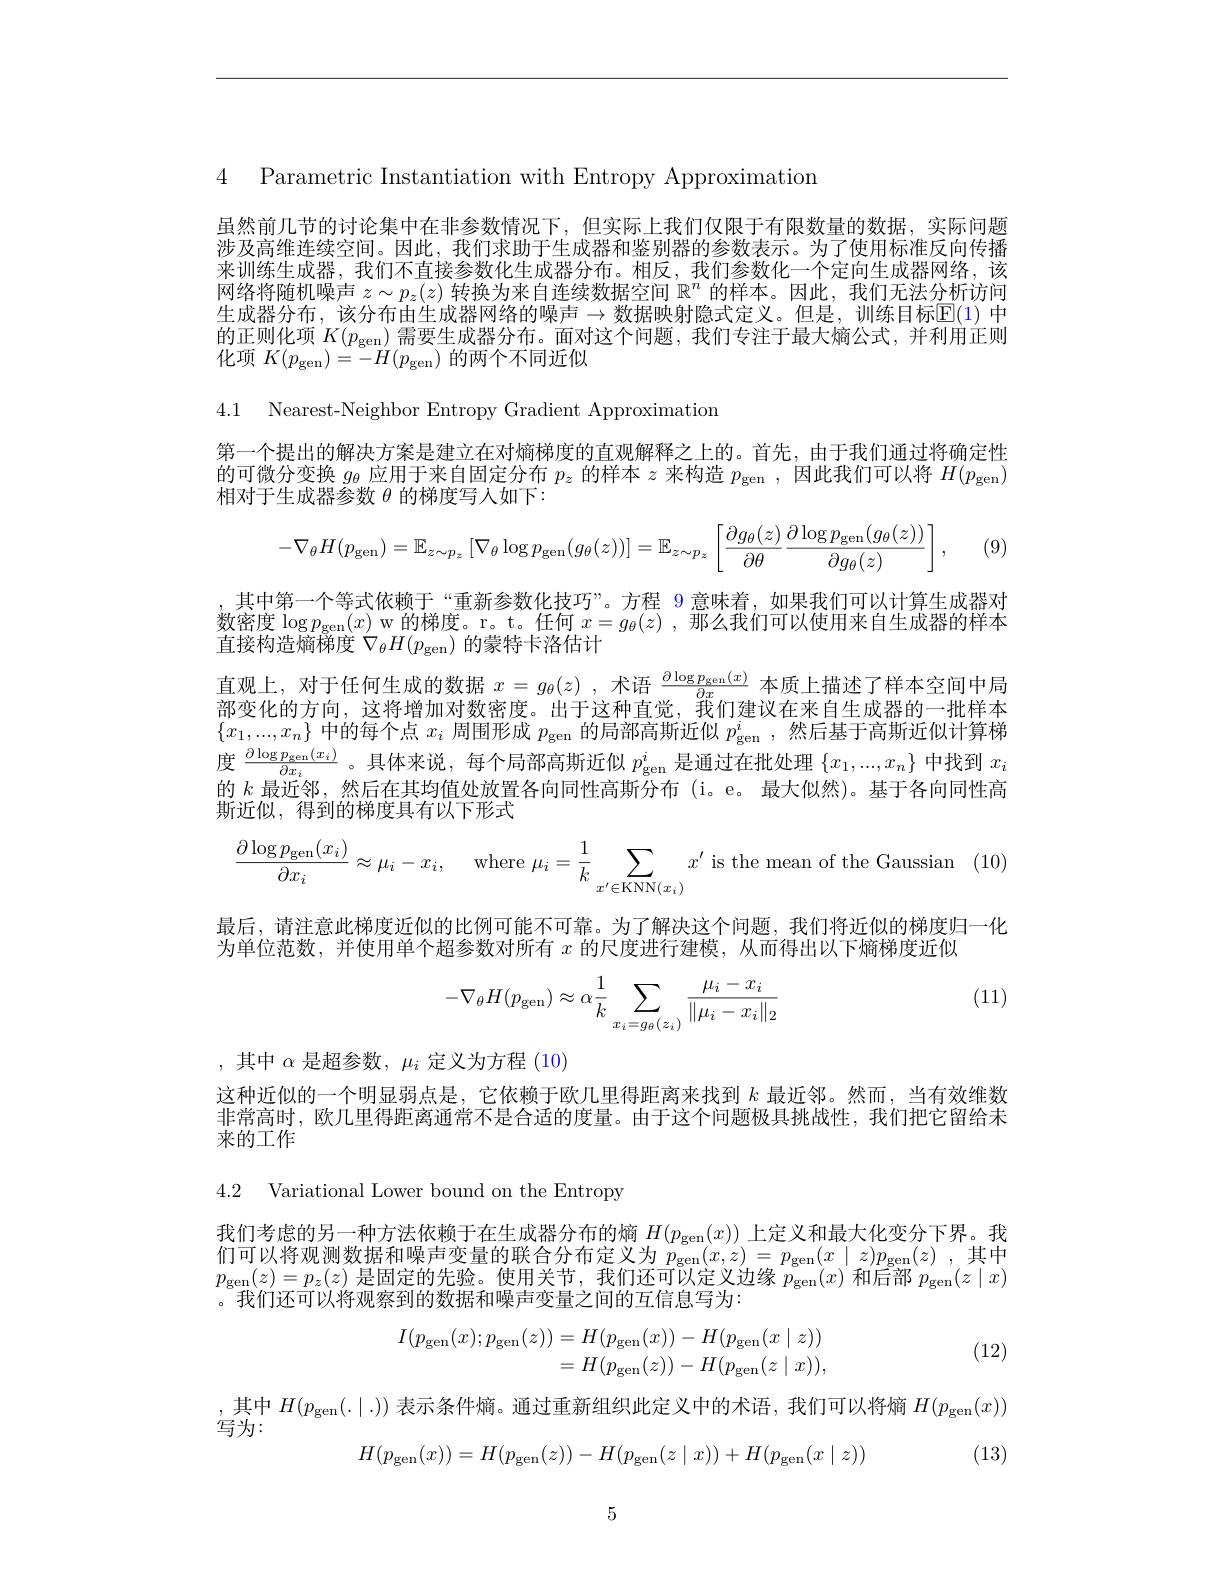
4 Parametric Instantiation with Entropv Approximation

虽然前几节的讨论集中在非参数情况下，但实际上我们仅限于有限数量的数据，实际问题涉及高维连续空间。因此，我们求助于生成器和鉴别器的参数表示。为了使用标准反向传播来训练生成器，我们不直接参数化生成器分布。相反，我们参数化一个定向生成器网络，该网络将随机噪声$z\sim p_z(z)$转换为来自连续数据空间$\mathbb{R}^n$的样本。因此，我们无法分析访问生成器分布，该分布由生成器网络的噪声$\to$数据映射隐式定义。但是，训练目标$\mathbb{E}(1)$ 中的正则化项$K(p_\mathrm{gen})$需要生成器分布。面对这个问题，我们专注于最大熵公式，并利用正则化项$K(p_{\mathrm{gen}})=-H(p_{\mathrm{gen}})$的两个不同近似

4.1 Nearest-Neighbor Entropy Gradient Approximation

第一个提出的解决方案是建立在对熵梯度的直观解释之上的。首先，由于我们通过将确定性的可微分变换$g_{\theta}$应用于来自固定分布$p_z$的样本$z$来构造$p_\mathrm{gen}$ ,因此我们可以将$H(p_\mathrm{gen})$ 相对于生成器参数$\theta$的梯度写人如下：
$$-\nabla_\theta H(p_{\mathrm{gen}})=\mathbb{E}_{z\sim p_z}\left[\nabla_\theta\log p_{\mathrm{gen}}(g_\theta(z))\right]=\mathbb{E}_{z\sim p_z}\left[\frac{\partial g_\theta(z)}{\partial\theta}\frac{\partial\log p_{\mathrm{gen}}(g_\theta(z))}{\partial g_\theta(z)}\right],$$
(9)

其中第一个等式依赖于“重新参数化技巧”。方程 9 意味着，如果我们可以计算生成器对数密度$\log p_\mathrm{gen}(x)$ w 的梯度。r。t。任何$x=g_\theta(z)$,那么我们可以使用来自生成器的样本直接构造熵梯度$\nabla_\theta H(p_\mathrm{gen})$的蒙特卡洛估计
直观上，对于任何生成的数据$x=g_\theta(z)$ ,术语 $\frac{\partial\log p_{\mathrm{gen}}(x)}{\partial x}$ 本质上描述了样本空间中局部变化的方向，这将增加对数密度。出干汶种直觉、我们建议在来自牛成器的一批样本$\{x_1,...,x_n\}$中的每个点$x_i$周围形成$p_\mathrm{gen}$的局部高斯近似$p_\mathrm{gen}^i$ ,然后基于高斯近似计算梯度$\frac{\partial\log p_{\mathrm{gen}}(x_i)}{\partial x_i}$。具体来说，每个局部高斯近似$p_\mathrm{gen}^i$是通过在批处理$\{x_1,...,x_n\}$中找到$x_i$ 的$k$最近邻，然后在其均值处放置各向同性高斯分布 (i。e。最大似然)。基于各向同性高斯近似，得到的梯度具有以下形式
$$\frac{\partial\log p_{\text{gen}}(x_i)}{\partial x_i}\approx\mu_i-x_i,\quad\text{where}\:\mu_i=\frac{1}{k}\sum_{x'\in\text{KNN}(x_i)}x'\text{is the mean of the Gaussian}\quad($$
最后，请注意此梯度近似的比例可能不可靠。为了解决这个问题，我们将近似的梯度归一化
为单位范数，并使用单个超参数对所有$x$的尺度进行建模，从而得出以下熵梯度近似

(11)
$$-\nabla_\theta H(p_{\mathrm{gen}})\approx\alpha\dfrac{1}{k}\sum_{x_i=g_\theta(z_i)}\dfrac{\mu_i-x_i}{\|\mu_i-x_i\|_2}$$
,其中$\alpha$是超参数$,\mu_i$定义为方程 (10)
这种近似的一个明显弱点是，它依赖于欧几里得距离来找到$k$最近邻。然而，当有效维数非常高时，欧几里得距离通常不是合适的度量。由于这个问题极具挑战性，我们把它留给未来的工作

4.2 Variational Lower bound on the Entropy

我们考虑的另一种方法依赖于在生成器分布的熵$H(p_\mathrm{gen}(x))$上定义和最大化变分下界。我$\begin{array}{l}\text{们可以将观测数据和噪声变量的联合分布定义为 }p_{\mathrm{gen}}(x,z)=p_{\mathrm{gen}}(x\mid z)p_{\mathrm{gen}}(z)\:,\text{其中}\\p_{\mathrm{gen}}(z)=p_{z}(z)\:\text{是固定的先验。使用关节，我们还可以定义边缘 }p_{\mathrm{gen}}(x)\:\text{和后部 }p_{\mathrm{gen}}(z\mid x)\\\text{。我们还可以将观察到的数据和噪声变量之间的互信息写为：}\end{array}$
$$\begin{aligned}I(p_{\mathrm{gen}}(x);p_{\mathrm{gen}}(z))&=H(p_{\mathrm{gen}}(x))-H(p_{\mathrm{gen}}(x\mid z))\\&=H(p_{\mathrm{gen}}(z))-H(p_{\mathrm{gen}}(z\mid x)),\end{aligned}$$
(12)

,其中$H(p_\mathrm{gen}(.\mid.))$表示条件熵。通过重新组织此定义中的术语，我们可以将熵$H(p_\mathrm{gen}(x))$

写为：

(13)
$$H(p_{\mathrm{gen}}(x))=H(p_{\mathrm{gen}}(z))-H(p_{\mathrm{gen}}(z\mid x))+H(p_{\mathrm{gen}}(x\mid z))$$
5